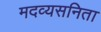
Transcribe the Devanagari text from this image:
मदव्यसनिता